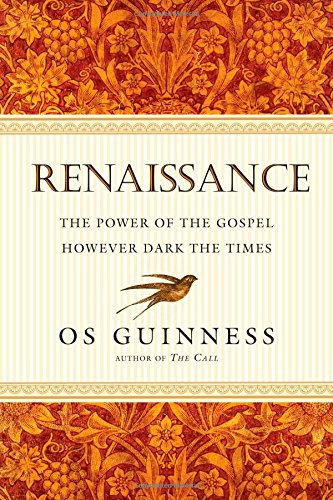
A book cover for Renaissance: The Power of the Gospel However Dark the Times; Os Guinness; Christian Books & Bibles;